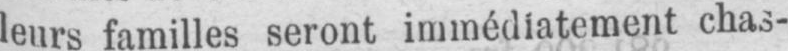
leurs familles seront immédiatement chas-